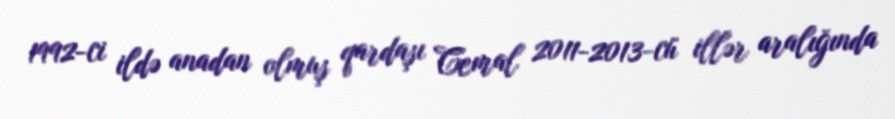
1992-ci ildə anadan olmuş qardaşı Cemal 2011-2013-cü illər aralığında